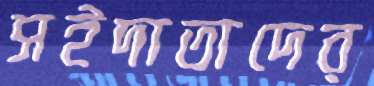
সইদাতাদের